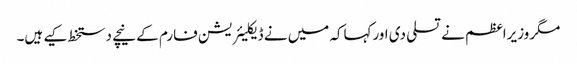
مگروزیراعظم نے تسلی دی اورکہاکہ میں نے ڈیکلیئریشن فارم کے نیچے دستخط کیے ہیں۔